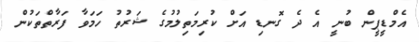
އެމްޑީޕީން ބުނީ އެ ދެ ގޮނޑި އަށް ކުރިމަތިލުމުގެ ޝަރުތު ހަމަވާ ފަރާތްތަކުން